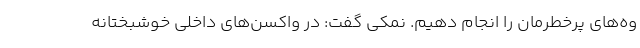
وه‌های پرخطرمان را انجام دهیم. نمکی گفت: در واکسن‌های داخلی خوشبختانه